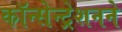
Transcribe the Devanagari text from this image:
कॉन्सेन्ट्रेशनने